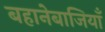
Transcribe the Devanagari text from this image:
बहानेबाजियाँ